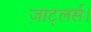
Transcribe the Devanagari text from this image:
ज़ाट्लर्स।